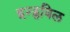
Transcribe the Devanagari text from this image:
हन्ट्सविल